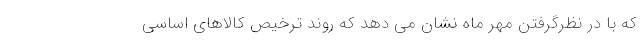
که با در نظرگرفتن مهر ماه نشان می دهد که روند ترخیص کالاهای اساسی